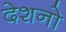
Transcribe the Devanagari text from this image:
देशनो